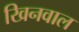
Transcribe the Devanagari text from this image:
खिनवाल